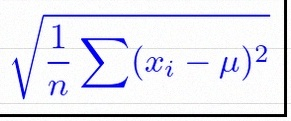
\sigma=\sqrt{\frac1n\sum(x_i-\mu)^2}